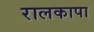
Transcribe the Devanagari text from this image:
रालकापा